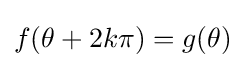
f(\theta +2k\pi )=g(\theta )